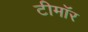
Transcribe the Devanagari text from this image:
टीमॉर